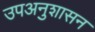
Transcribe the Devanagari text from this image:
उपअनुशासन